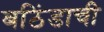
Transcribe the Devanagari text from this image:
बठिंडाची